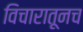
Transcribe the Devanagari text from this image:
विचारातूनच